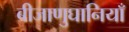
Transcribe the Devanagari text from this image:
बीजाणुघानियाँ